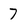
Character: 7